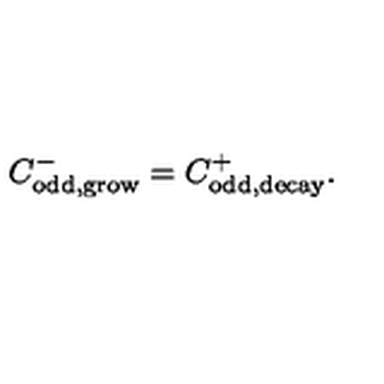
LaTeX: C _ { \mathrm { o d d , g r o w } } ^ { - } = C _ { \mathrm { o d d , d e c a y } } ^ { + } .